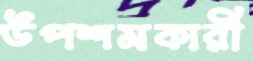
উপশমকারী